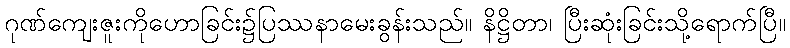
ဂုဏ်ကျေးဇူးကိုဟောခြင်း၌ပြဿနာမေးခွန်းသည်။ နိဋ္ဌိတာ၊ ပြီးဆုံးခြင်းသို့ရောက်ပြီ။